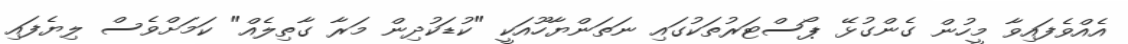
އެއްވެފައިވާ މީހުން ގެންގުޅޭ ޕޯސްޓަރުތަކުގައި ނަތަންޔާހޫއަކީ "ކުޑަކުދިން މަރާ ގާތިލެއް" ކަމަށްވެސް ލިޔެފައި